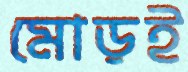
মোড়ই